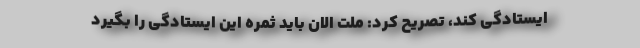
ایستادگی کند، تصریح کرد: ملّت الان باید ثمره این ایستادگی را بگیرد